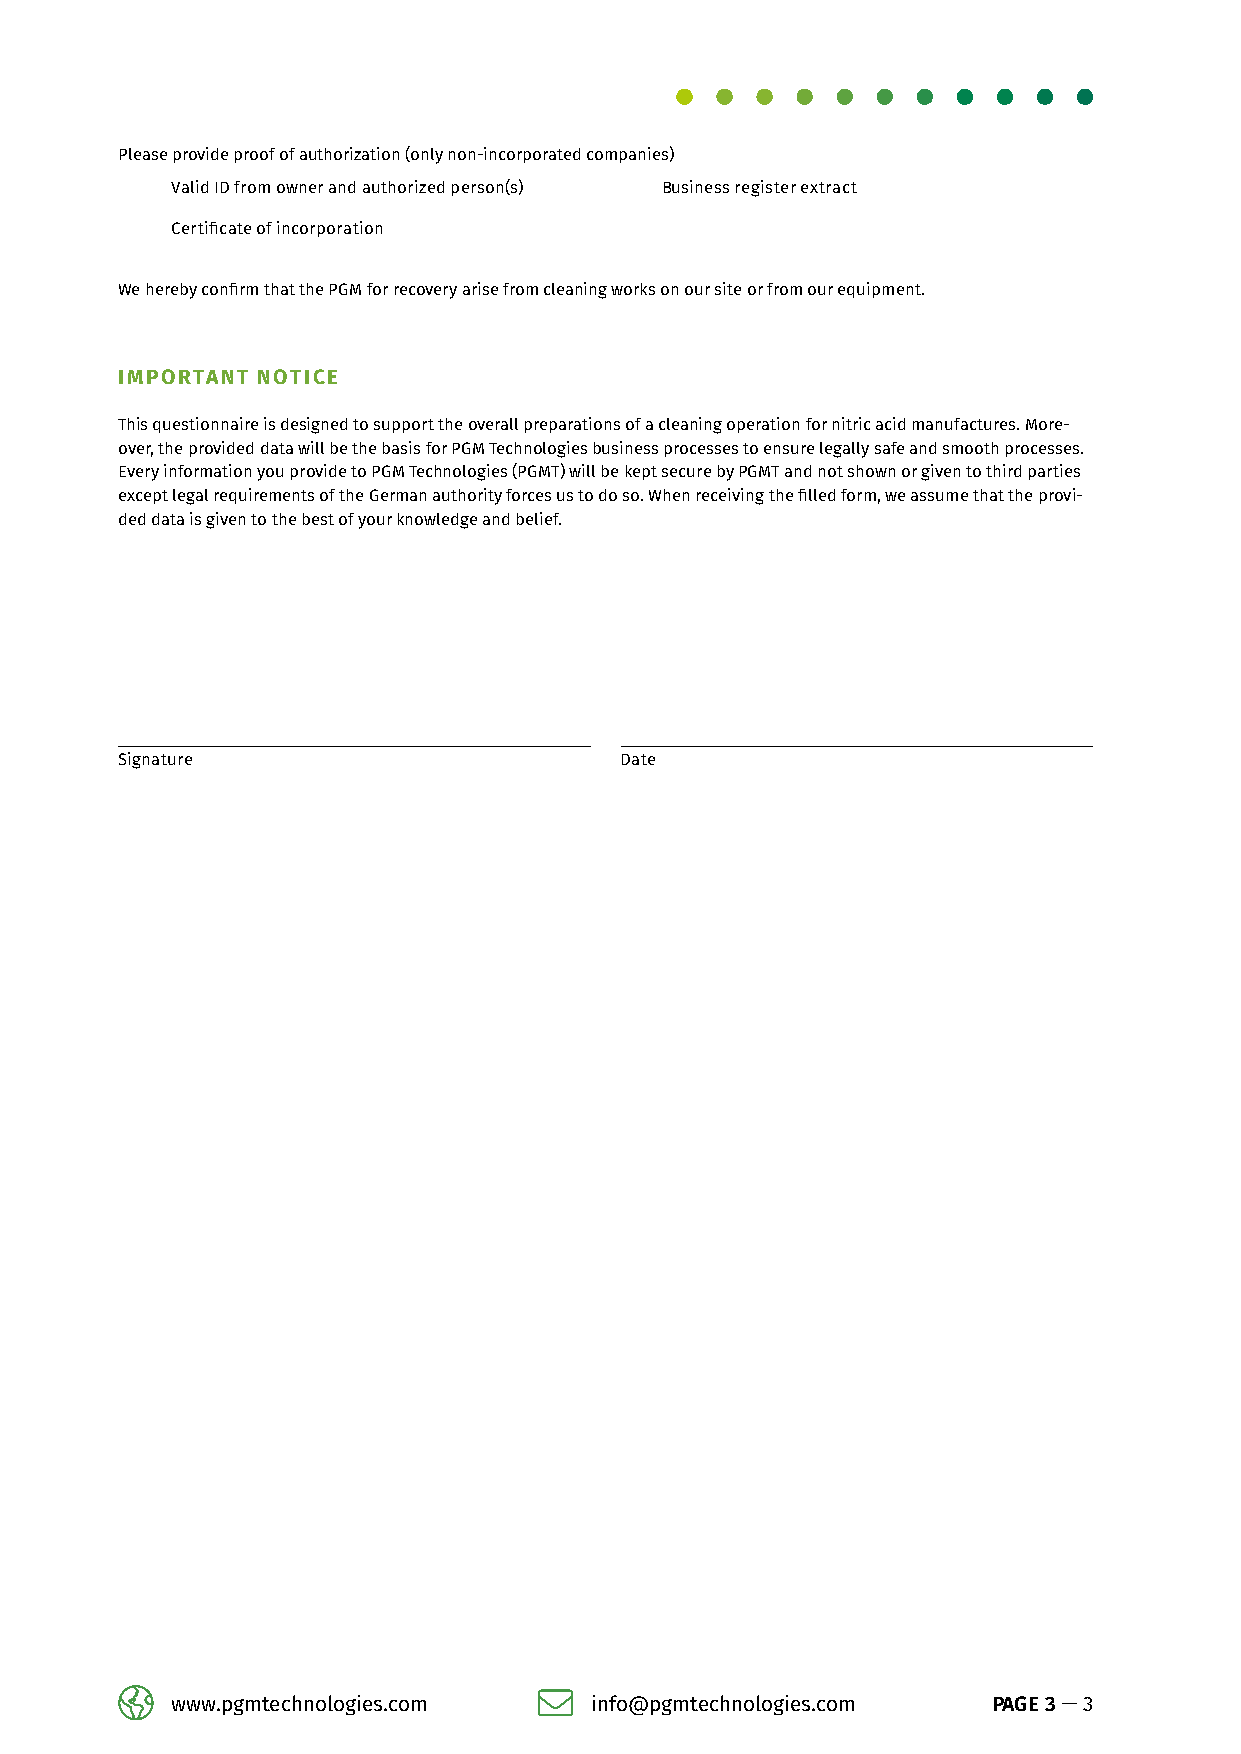
Please provide proof of authorization (only non-incorporated companies)
 Valid ID from owner and authorized person(s) Business register extract
 Certificate of incorporation
 We hereby confirm that the PGM for recovery arise from cleaning works on our site or from our equipment.
 IMPORTANT NOTICE
 This questionnaire is designed to support the overall preparations of a cleaning operation for nitric acid manufactures. More-
 over, the provided data will be the basis for PGM Technologies business processes to ensure legally safe and smooth processes.
 Every information you provide to PGM Technologies (PGMT) will be kept secure by PGMT and not shown or given to third parties
 except legal requirements of the German authority forces us to do so. When receiving the filled form, we assume that the provi-
 ded data is given to the best of your knowledge and belief.
 Signature                        Date
 www.pgmtechnologies.com     info@pgmtechnologies.com   PAGE 3 — 3